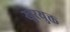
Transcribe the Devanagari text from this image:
खुरयुक्त